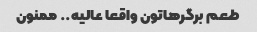
طعم برگرهاتون واقعا عالیه.. ممنون